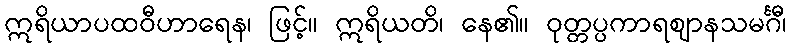
ဣရိယာပထဝီဟာရေန၊ ဖြင့်။ ဣရိယတိ၊ နေ၏။ ဝုတ္တပ္ပကာရဈာနသမင်္ဂီ၊